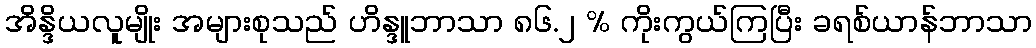
အိန္ဒိယလူမျိုး အများစုသည် ဟိန္ဒူဘာသာ ၈၆.၂ % ကိုးကွယ်ကြပြီး ခရစ်ယာန်ဘာသာ